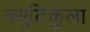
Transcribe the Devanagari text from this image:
क्युटिकुला